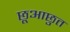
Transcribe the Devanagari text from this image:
छूआछुत